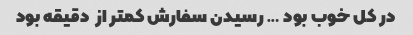
در کل خوب بود … رسیدن سفارش کمتر از  دقیقه بود